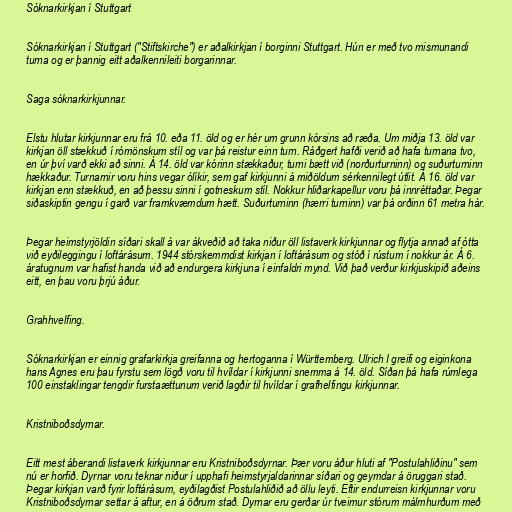
Sóknarkirkjan í Stuttgart

Sóknarkirkjan í Stuttgart ("Stiftskirche") er aðalkirkjan í borginni Stuttgart. Hún er með tvo mismunandi
turna og er þannig eitt aðalkennileiti borgarinnar.

Saga sóknarkirkjunnar.

Elstu hlutar kirkjunnar eru frá 10. eða 11. öld og er hér um grunn kórsins að ræða. Um miðja 13. öld var
kirkjan öll stækkuð í rómönskum stíl og var þá reistur einn turn. Ráðgert hafði verið að hafa turnana tvo,
en úr því varð ekki að sinni. Á 14. öld var kórinn stækkaður, turni bætt við (norðurturninn) og suðurturninn
hækkaður. Turnarnir voru hins vegar ólíkir, sem gaf kirkjunni á miðöldum sérkennilegt útlit. Á 16. öld var
kirkjan enn stækkuð, en að þessu sinni í gotneskum stíl. Nokkur hliðarkapellur voru þá innréttaðar. Þegar
siðaskiptin gengu í garð var framkvæmdum hætt. Suðurturninn (hærri turninn) var þá orðinn 61 metra hár.

Þegar heimstyrjöldin síðari skall á var ákveðið að taka niður öll listaverk kirkjunnar og flytja annað af ótta
við eyðileggingu í loftárásum. 1944 stórskemmdist kirkjan í loftárásum og stóð í rústum í nokkur ár. Á 6.
áratugnum var hafist handa við að endurgera kirkjuna í einfaldri mynd. Við það verður kirkjuskipið aðeins
eitt, en þau voru þrjú áður.

Grahhvelfing.

Sóknarkirkjan er einnig grafarkirkja greifanna og hertoganna í Württemberg. Ulrich I greifi og eiginkona
hans Agnes eru þau fyrstu sem lögð voru til hvíldar í kirkjunni snemma á 14. öld. Síðan þá hafa rúmlega
100 einstaklingar tengdir furstaættunum verið lagðir til hvíldar í grafhelfingu kirkjunnar.

Kristniboðsdyrnar.

Eitt mest áberandi listaverk kirkjunnar eru Kristniboðsdyrnar. Þær voru áður hluti af "Postulahliðinu" sem
nú er horfið. Dyrnar voru teknar niður í upphafi heimstyrjaldarinnar síðari og geymdar á öruggari stað.
Þegar kirkjan varð fyrir loftárásum, eyðilagðist Postulahliðið að öllu leyti. Eftir endurreisn kirkjunnar voru
Kristniboðsdyrnar settar á aftur, en á öðrum stað. Dyrnar eru gerðar úr tveimur stórum málmhurðum með